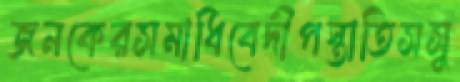
জনকেরসমাধিবেদীপস্তাতিসসু